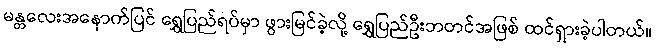
မန္တလေးအနောက်ပြင် ရွှေပြည်ရပ်မှာ ဖွားမြင်ခဲ့လို့ ရွှေပြည်ဦးဘတင်အဖြစ် ထင်ရှားခဲ့ပါတယ်။